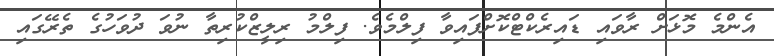
އެންމެ މޮޅަށް ރާވައި ޑައިރެކްޓްކޮށްފައިވާ ފިލްމެވެ. ފިލްމު ރިލީޒްކުރިތާ ނުވަ ދުވަހުގެ ތެރޭގައި